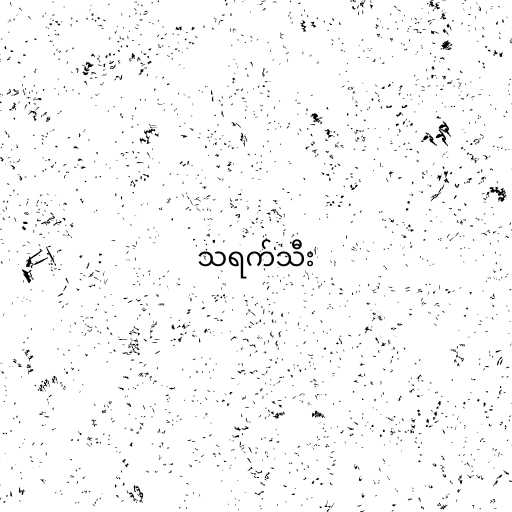
သရက်သီး